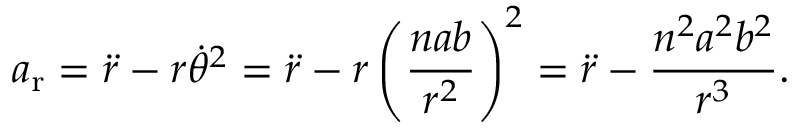
a _ { \mathrm { r } } = { \ddot { r } } - r { \dot { \theta } } ^ { 2 } = { \ddot { r } } - r \left( { \frac { n a b } { r ^ { 2 } } } \right) ^ { 2 } = { \ddot { r } } - { \frac { n ^ { 2 } a ^ { 2 } b ^ { 2 } } { r ^ { 3 } } } .